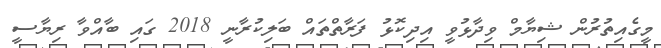
މީގެއިތުރުން ޝިޔާމް ވިދާޅުވީ އިދިކޮޅު ފަރާތްތައް ބަލިކުރާނީ 2018 ގައި ބާއްވާ ރިޔާސީ